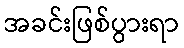
အခင်းဖြစ်ပွားရာ